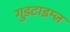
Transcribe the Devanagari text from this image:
गुडटाइम्ज़